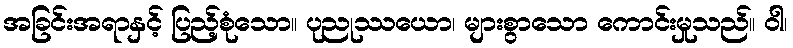
အခြင်းအရာနှင့် ပြည့်စုံသော။ ပုညုဿယော၊ များစွာသော ကောင်းမှုသည်။ ဝါ၊